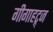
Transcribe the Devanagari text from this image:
गीगाहट्र्ज